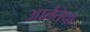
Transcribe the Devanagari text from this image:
आर्ततेचा